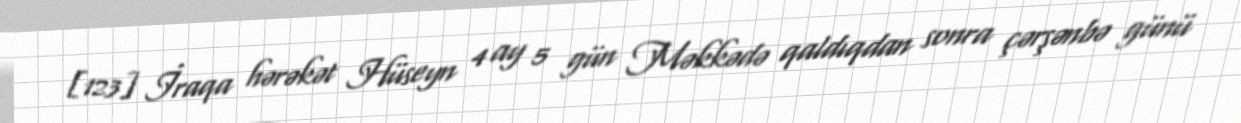
[123] İraqa hərəkət Hüseyn 4 ay 5 gün Məkkədə qaldıqdan sonra çərşənbə günü